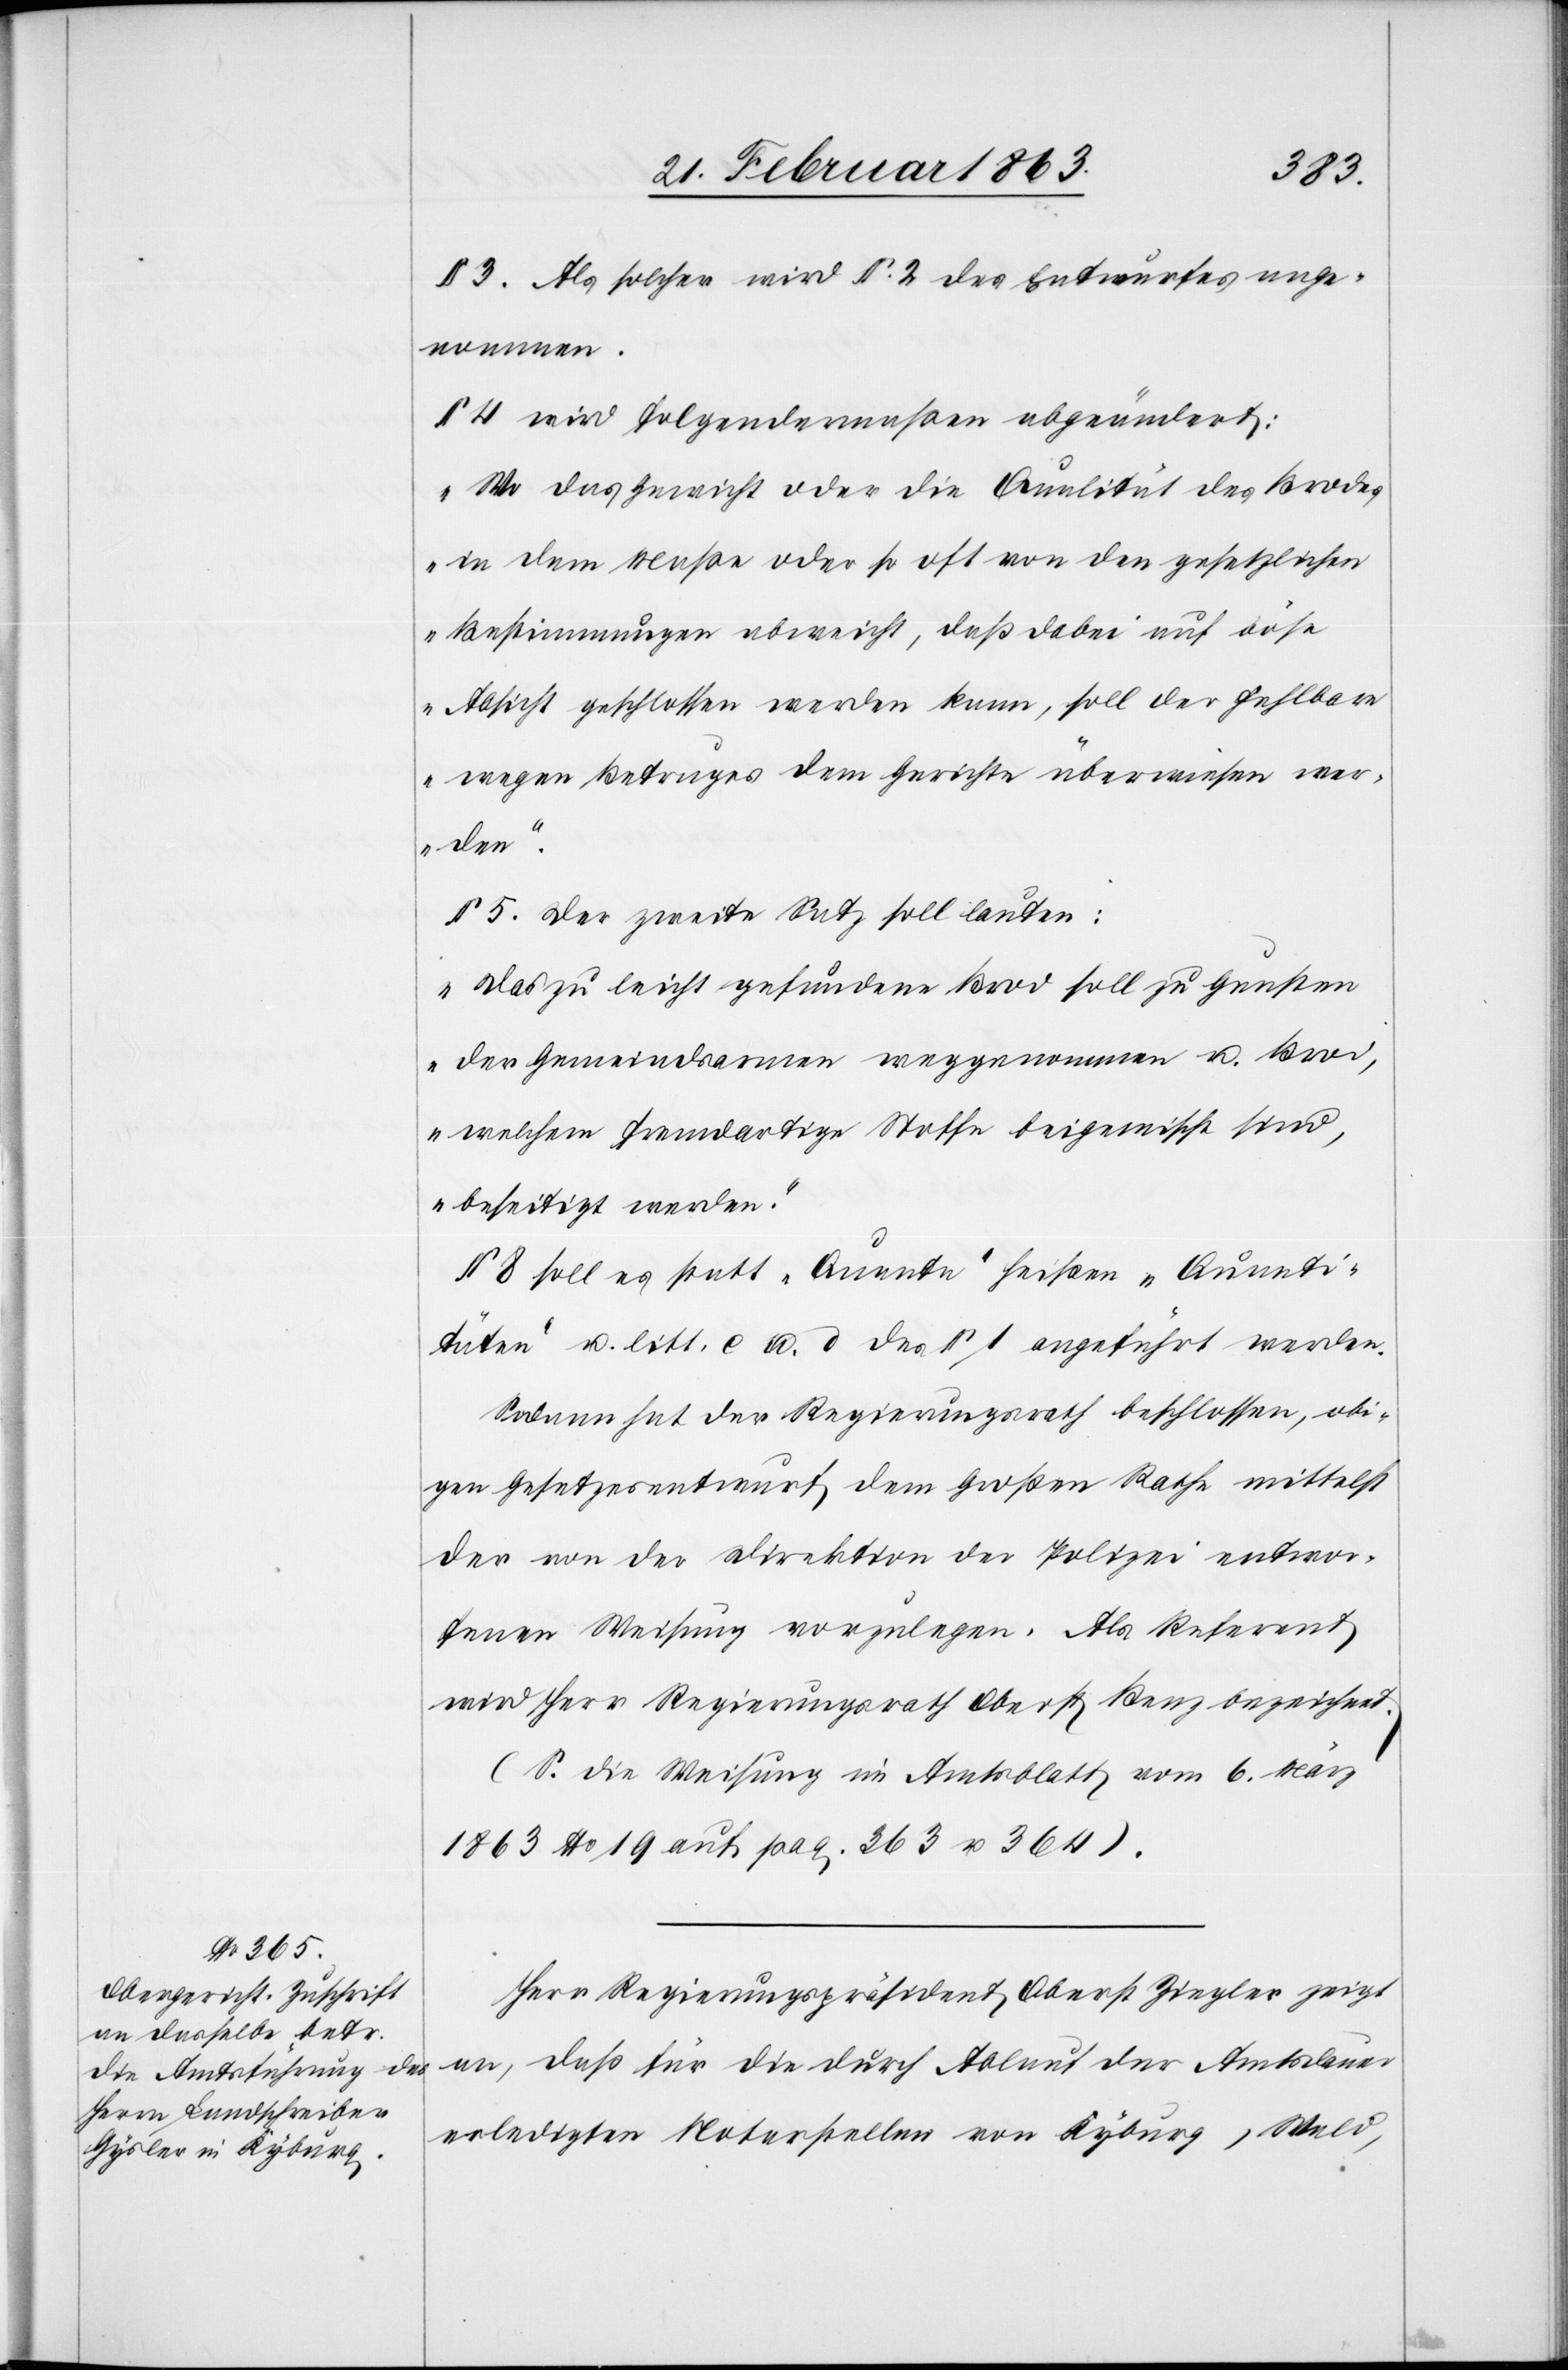
3. Als solcher wird § 2 des Entwurfes ange¬
nommen.
§ 4 wird folgendermaßen abgeändert:
„Wo das Gewicht oder die Qualität des Brodes
in dem Maße oder so oft von den gesetzlichen
Bestimmungen abweicht, daß dabei auf böse
Absicht geschlossen werden kann, soll der Fehlbare
wegen Betruges dem Gerichte überwiesen wer¬
den.“
§ 5. Der zweite Satz soll lauten:
„Das zu leicht gefundene Brod soll zu Gunsten
der Gemeindsarmen weggenommen u. Brod,
welchem fremdartige Stoffe beigemischt sind,
beseitigt werden.“
§ 8 soll es statt „Quanta“ heißen „Quanti¬
täten“ u. litt. e u. d des § 1 angeführt werden.
Sodann hat der Regierungsrath beschlossen, obi¬
gen Gesetzesentwurf dem Großen Rathe mittelst
der von der Direktion der Polizei entwor¬
fenen Weisung vorzulegen. Als Referent
wird Herr Regierungsrath Oberst Benz bezeichnet.
(S. die Weisung im Amtsblatt vom 6. März
1863 No 19 auf pag. 363 u. 364).
Herr Regierungspräsident Oberst Ziegler zeigt
an, daß für die durch Ablauf der Amtsdauer
erledigten Notarstellen von Kyburg, Wald,